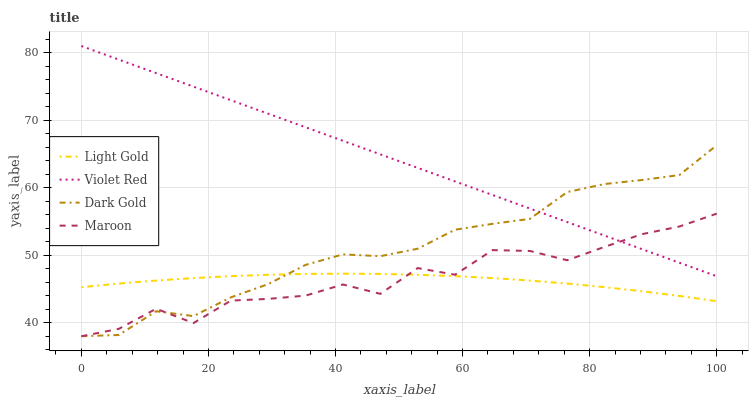
| xaxis_label | Light Gold | Violet Red | Dark Gold | Maroon |
 | --- | --- | --- | --- | --- |
 | 0 | 45.3 | 81 | 38 | 38 |
 | 5.88 | 45.8 | 79 | 38.2 | 39.1 |
 | 11.8 | 46.3 | 77 | 41.7 | 42.1 |
 | 17.6 | 46.6 | 75 | 41 | 40 |
 | 23.5 | 46.9 | 73 | 43.8 | 43.3 |
 | 29.4 | 47.1 | 71 | 45.7 | 43.5 |
 | 35.3 | 47.2 | 69 | 48.6 | 44 |
 | 41.2 | 47.3 | 67 | 50.1 | 45.7 |
 | 47.1 | 47.2 | 64.9 | 49.9 | 44.3 |
 | 52.9 | 47.1 | 62.9 | 51 | 48.1 |
 | 58.8 | 46.9 | 60.9 | 53.8 | 47.1 |
 | 64.7 | 46.6 | 58.9 | 54.7 | 50.8 |
 | 70.6 | 46.3 | 56.9 | 55.4 | 50.6 |
 | 76.5 | 45.8 | 54.9 | 59.4 | 49.3 |
 | 82.4 | 45.3 | 52.9 | 60.6 | 51.2 |
 | 88.2 | 44.7 | 50.9 | 61.1 | 53.1 |
 | 94.1 | 44 | 48.9 | 61.9 | 54.3 |
 | 100 | 43.2 | 46.9 | 66.3 | 56.2 |